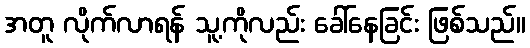
အတူ လိုက်လာရန် သူ့ကိုလည်း ခေါ်နေခြင်း ဖြစ်သည်။